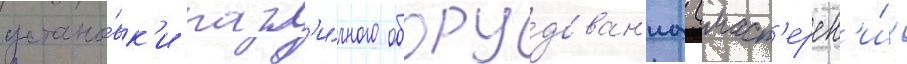
устано́вк'и разл'и́чного обору́дован'иа (маст'ерск'и́х